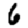
Digit: 6